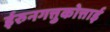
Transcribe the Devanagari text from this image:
ईरुनगत्तुकोत्ताई